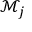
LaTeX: { \mathcal { M } } _ { j }